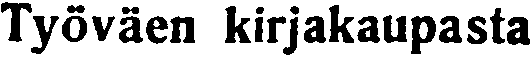
Työväen kirjakaupasta